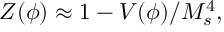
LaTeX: Z ( \phi ) \approx 1 - V ( \phi ) / M _ { s } ^ { 4 } ,